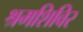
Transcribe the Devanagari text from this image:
श्रमशिविर